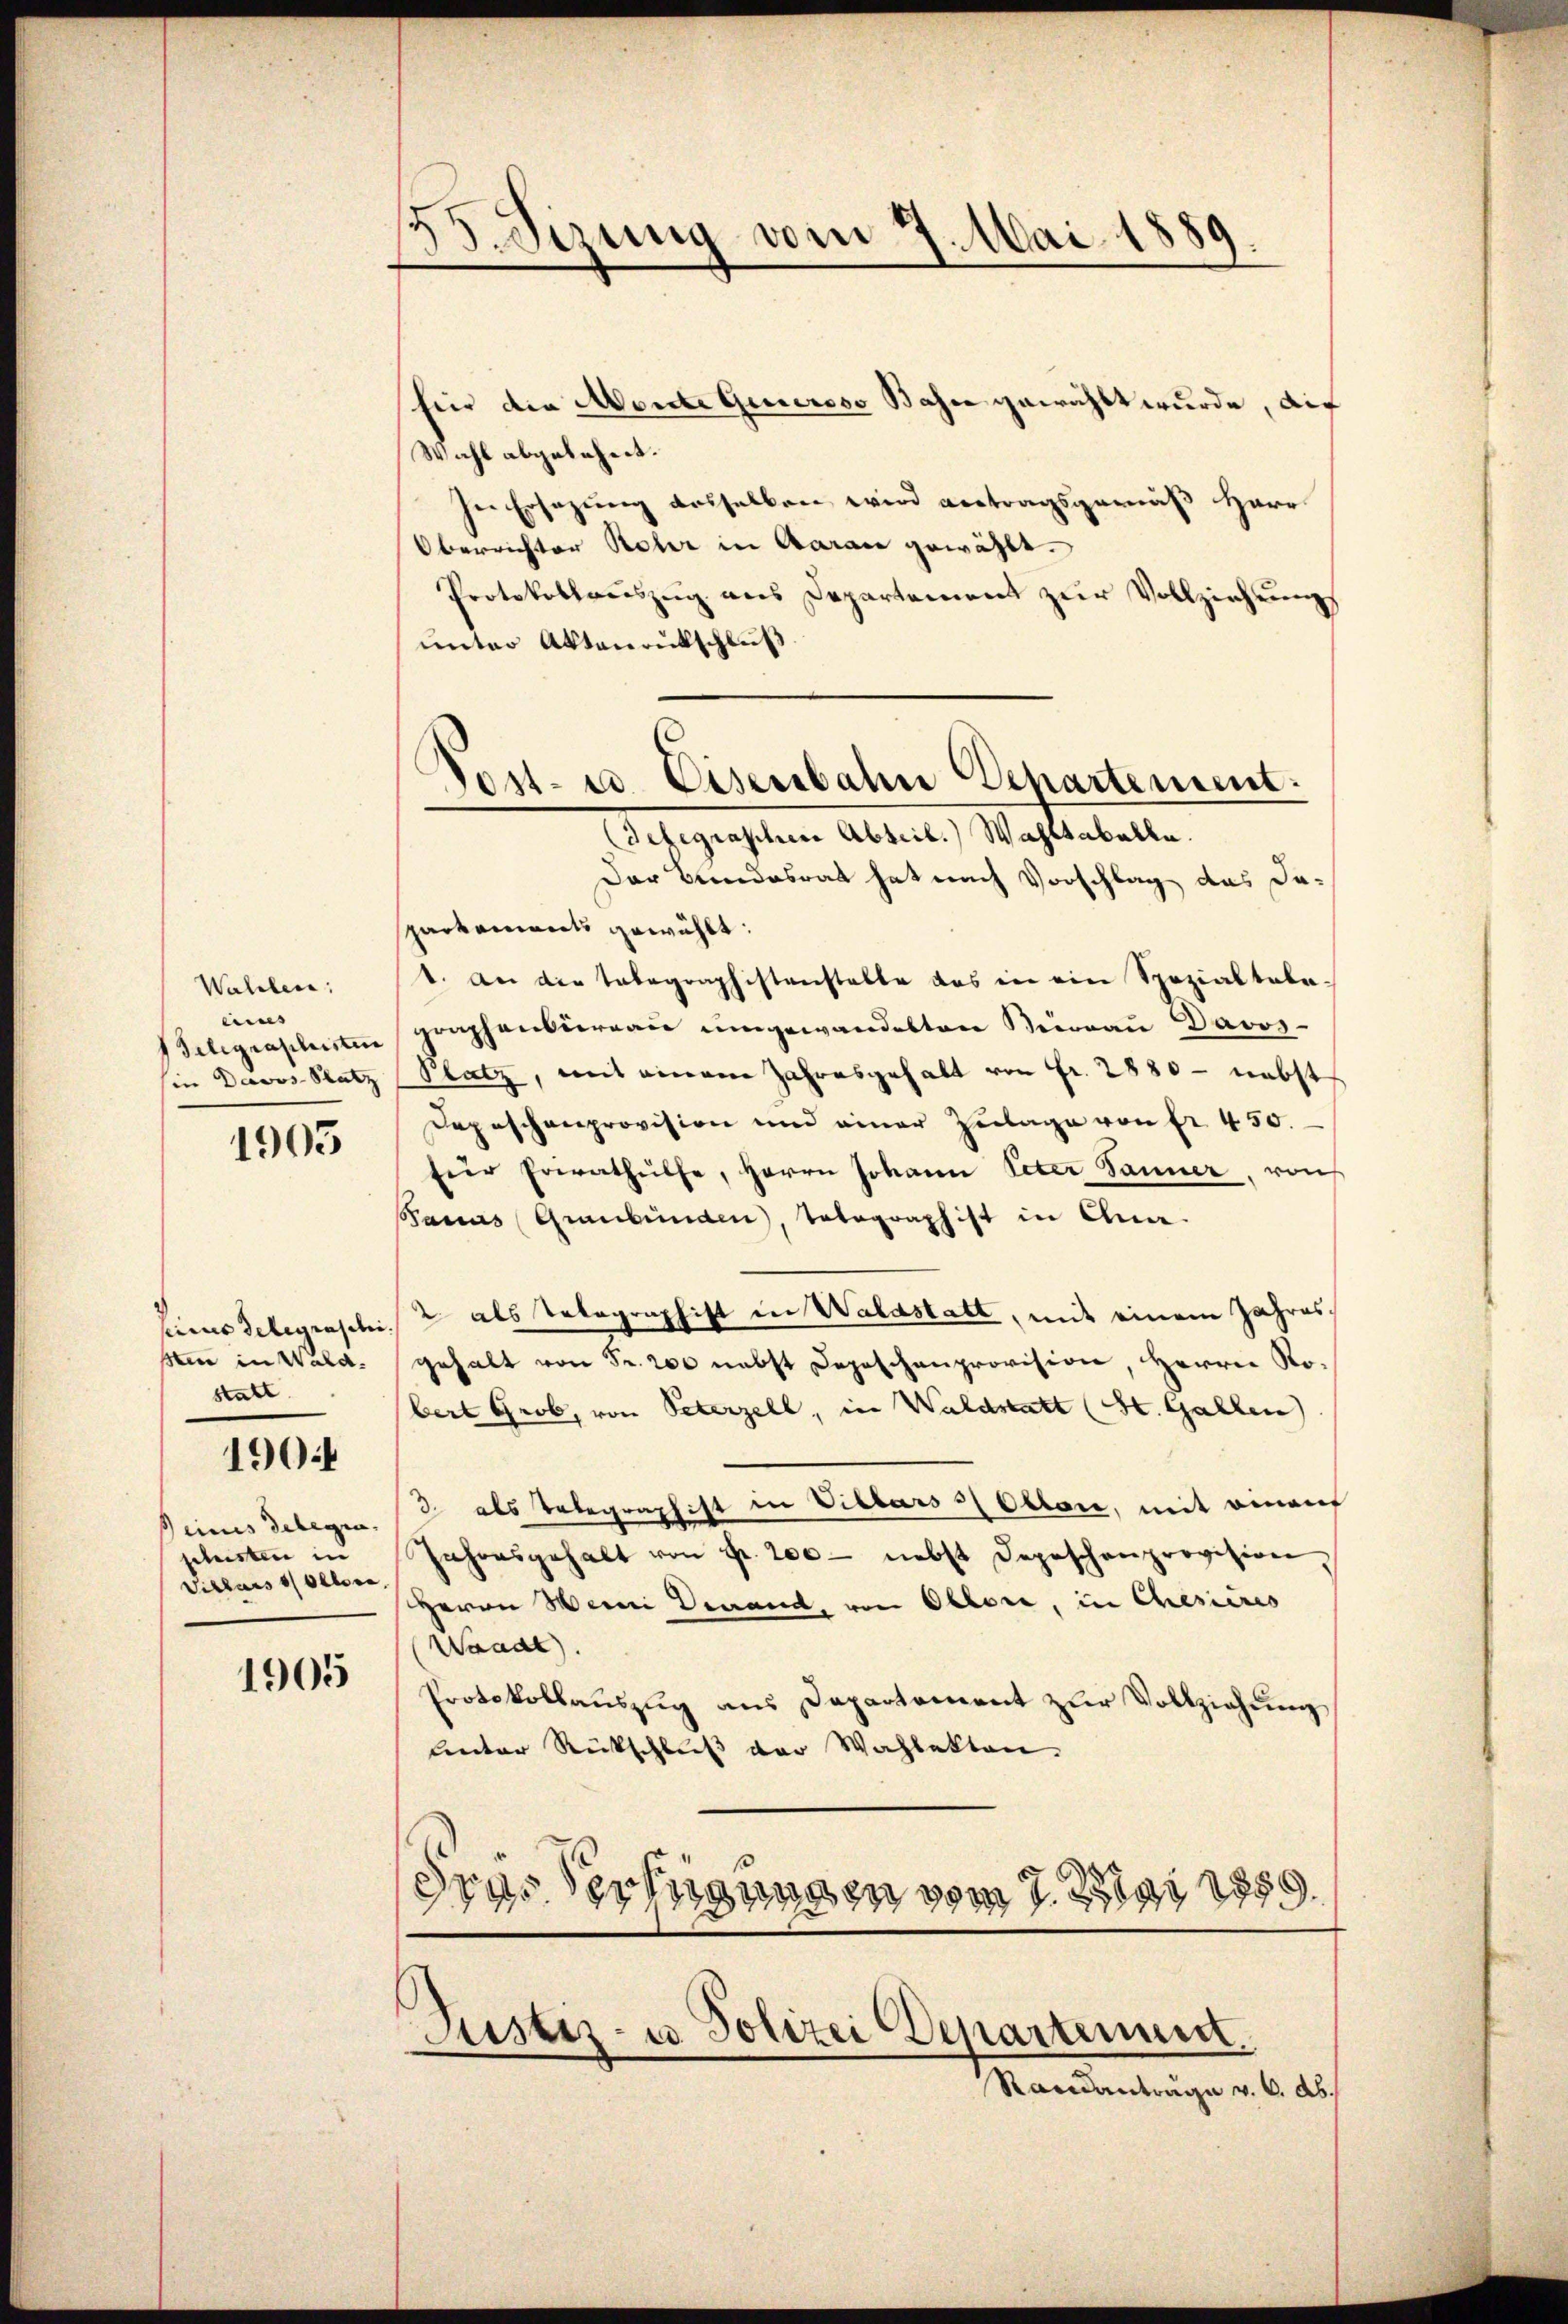
Wahlen:
eins
Telegraphisten
in Davos- Platz

1905

simus Delegraschi.
sten in Wald.
statt

1904

seines delegia,
phusten in
Villars vollora

1905

2
.
.Sizung vom 7. Mai 1889.

für die Monte Generoso Bahn gewählt wurde, auf
Wahl abgelehnt.
ser Ersezung desselben wird vetragsgemäß Herr
Oberrichter Rehr in Aarau gewählt.
Protokollaŭszŭg ans Departement zŭr Vollziehung
unter Aktenrütschluß
(Telegraphen Abteil. Wahltabelle.
Der Bundesrat hat nach Vorschlag das Dapartements gewählt:
1. An die Tabagraphistenstalte das in ein Spezialtala-
graphenburgau umgewandelten Büreau Davos-
Platz, mit einem Jahresgehalt von Fr. 2880 - nebst
Depeschenprovision und einer Zulage von fr. 450.
für Erwathülfe, Herrn Johann Peter Tanner, von
Pacias Graubünden, Totagraphist in Ana-
2 als Telegraphist in Waldstatt, mit einem Jahresgehalt von Fr. 200 nebst Depeschenprovision, Herrn Robert Grob, von Peterzell, in Waldstatt (St. Gallen)
3 als Telegraphist in Villars = Otton, mit einauf
Jahresgehalt von Fr. 200 - nebst Depeschenprovision
Herrn Weini Derrand, von Oblore, in Chesieres
Waadt).
Protokollauszug aus Departement zur Vollziehung
leter Rückschluß der Wahlakten.
Fras Verfügungen vom 7. Mai 1889.
Justiz- u. Polizei Departinuert.
Randanträge v. 6. Ab.

d
Post- u. Eisenbahn Departement: